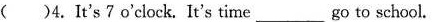
( )4. It's ?o'clock. It's time___go to school.